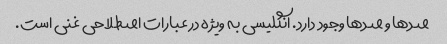
صدها و صدها وجود دارد. انگلیسی به ویژه در عبارات اصطلاحی غنی است.